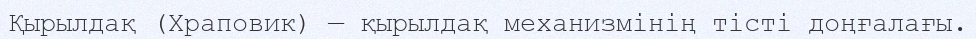
Қырылдақ (Храповик) — қырылдақ механизмінің тісті доңғалағы.